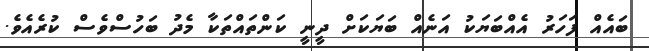
ބައެއް ފަހަރު އެއްބަޔަކު އަނެއް ބަޔަކަށް ދީނީ ކަންތައްތަކާ މެދު ބަހުސްވެސް ކުރެއެވެ.